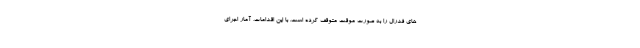
های فدرال را به صورت موقت متوقف کرده است. با این اقدامات، آمار اجرای